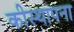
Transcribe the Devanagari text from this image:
कीस्थापना